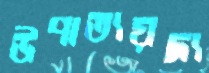
উপাত্যয়দ্য